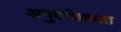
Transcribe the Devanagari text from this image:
अनुवंशिकता